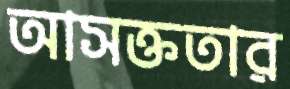
আসক্ততার